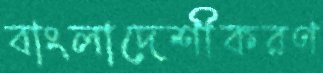
বাংলাদেশীকরণ